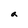
Character: a